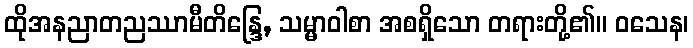
ထိုအနညာတညဿာမီတိန္ဒြေ, သမ္မာဝါစာ အစရှိသော တရားတို့၏။ ဝသေန၊